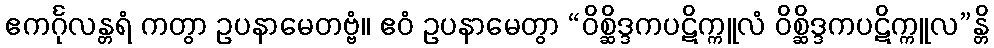
ဧကင်္ဂုလန္တရံ ကတွာ ဥပနာမေတဗ္ဗံ။ ဧဝံ ဥပနာမေတွာ “ဝိစ္ဆိဒ္ဒကပဋိက္ကူလံ ဝိစ္ဆိဒ္ဒကပဋိက္ကူလ”န္တိ